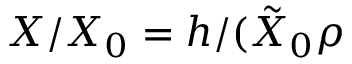
X / X _ { 0 } = h / ( \tilde { X } _ { 0 } \rho